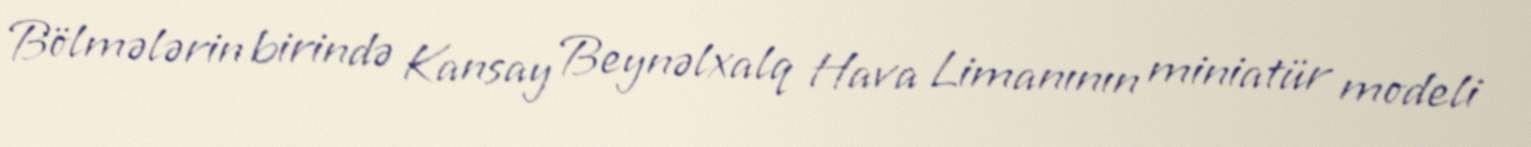
Bölmələrin birində Kansay Beynəlxalq Hava Limanının miniatür modeli